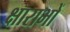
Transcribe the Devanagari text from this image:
क्षाराभों